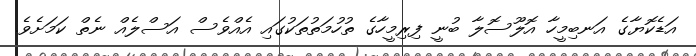
އަޑެކޮޔާގެ އަނބިމީހާ އޮލޫސޮލާ ބުނީ ފިރިމީހާގެ ތުހުމަތުތަކުގައި އެއްވެސް އަސްލެއް ނެތް ކަމަށެވެ.